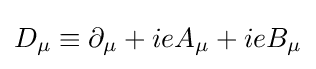
D_{\mu }\equiv \partial _{\mu }+ieA_{\mu }+ieB_{\mu }